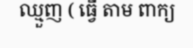
ឈ្មួញ ( ធ្វើ តាម ពាក្យ